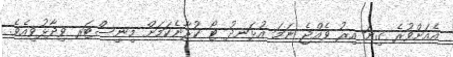
އެއަށްވުރެ ގިނަ އިރު ވެއްޖެ ނަމަ އުޅަނދު ޓޯ ކުރާނެކަމަށް މިނިސްޓަރ ވިދާޅުވިއެވެ.